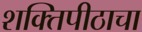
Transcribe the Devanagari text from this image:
शक्तिपीठाचा